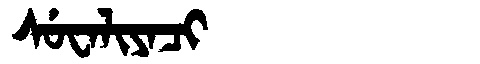
Manchu: ᠰᡠᠸᠠᠯᡳᠶᠠᠴᡳ
Romanization: SUWALIYACI